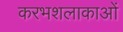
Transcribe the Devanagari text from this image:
करभशलाकाओं